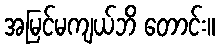
အမြင်မကျယ်ဘိ တောင်း။